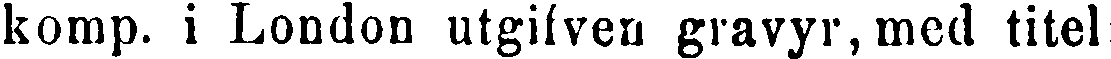
komp. i London utgifven gravyr, med titel